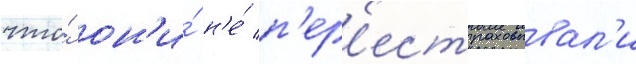
что́ он'и́ н'е́ п'ер'естраховывал'и